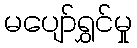
မပျော်ရွှင်မှု